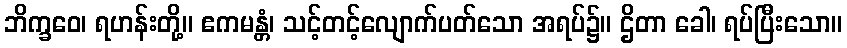
ဘိက္ခဝေ၊ ရဟန်းတို့။ ဧကမန္တံ၊ သင့်တင့်လျောက်ပတ်သော အရပ်၌။ ဌိတာ ခေါ၊ ရပ်ပြီးသော။